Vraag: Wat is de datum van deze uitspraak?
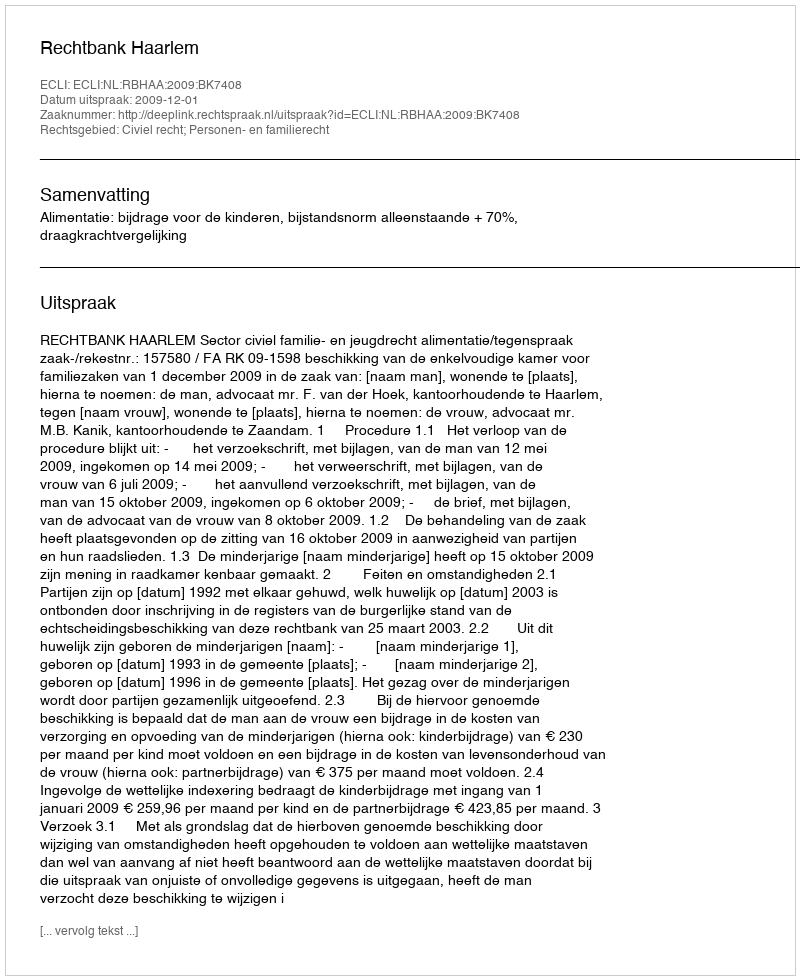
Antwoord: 2009-12-01